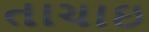
તાચાઇ